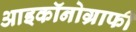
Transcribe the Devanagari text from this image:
आइकॉनोग्राफी